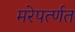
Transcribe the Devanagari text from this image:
मरेपर्त्णत